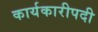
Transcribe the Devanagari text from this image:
कार्यकारीपदी